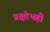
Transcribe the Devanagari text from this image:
प्रक्षोभही